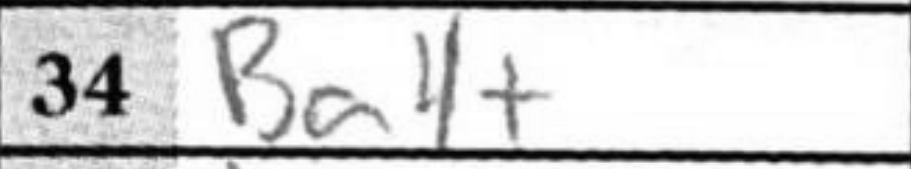
Transcription: Ba4+